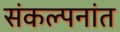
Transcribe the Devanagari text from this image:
संकल्पनांत